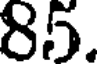
85.